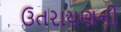
ઉતરાયણની